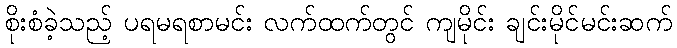
စိုးစံခဲ့သည့် ပရမရစာမင်း လက်ထက်တွင် ကျမိုင်း ချင်းမိုင်မင်းဆက်